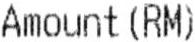
AMOUNT(RM)